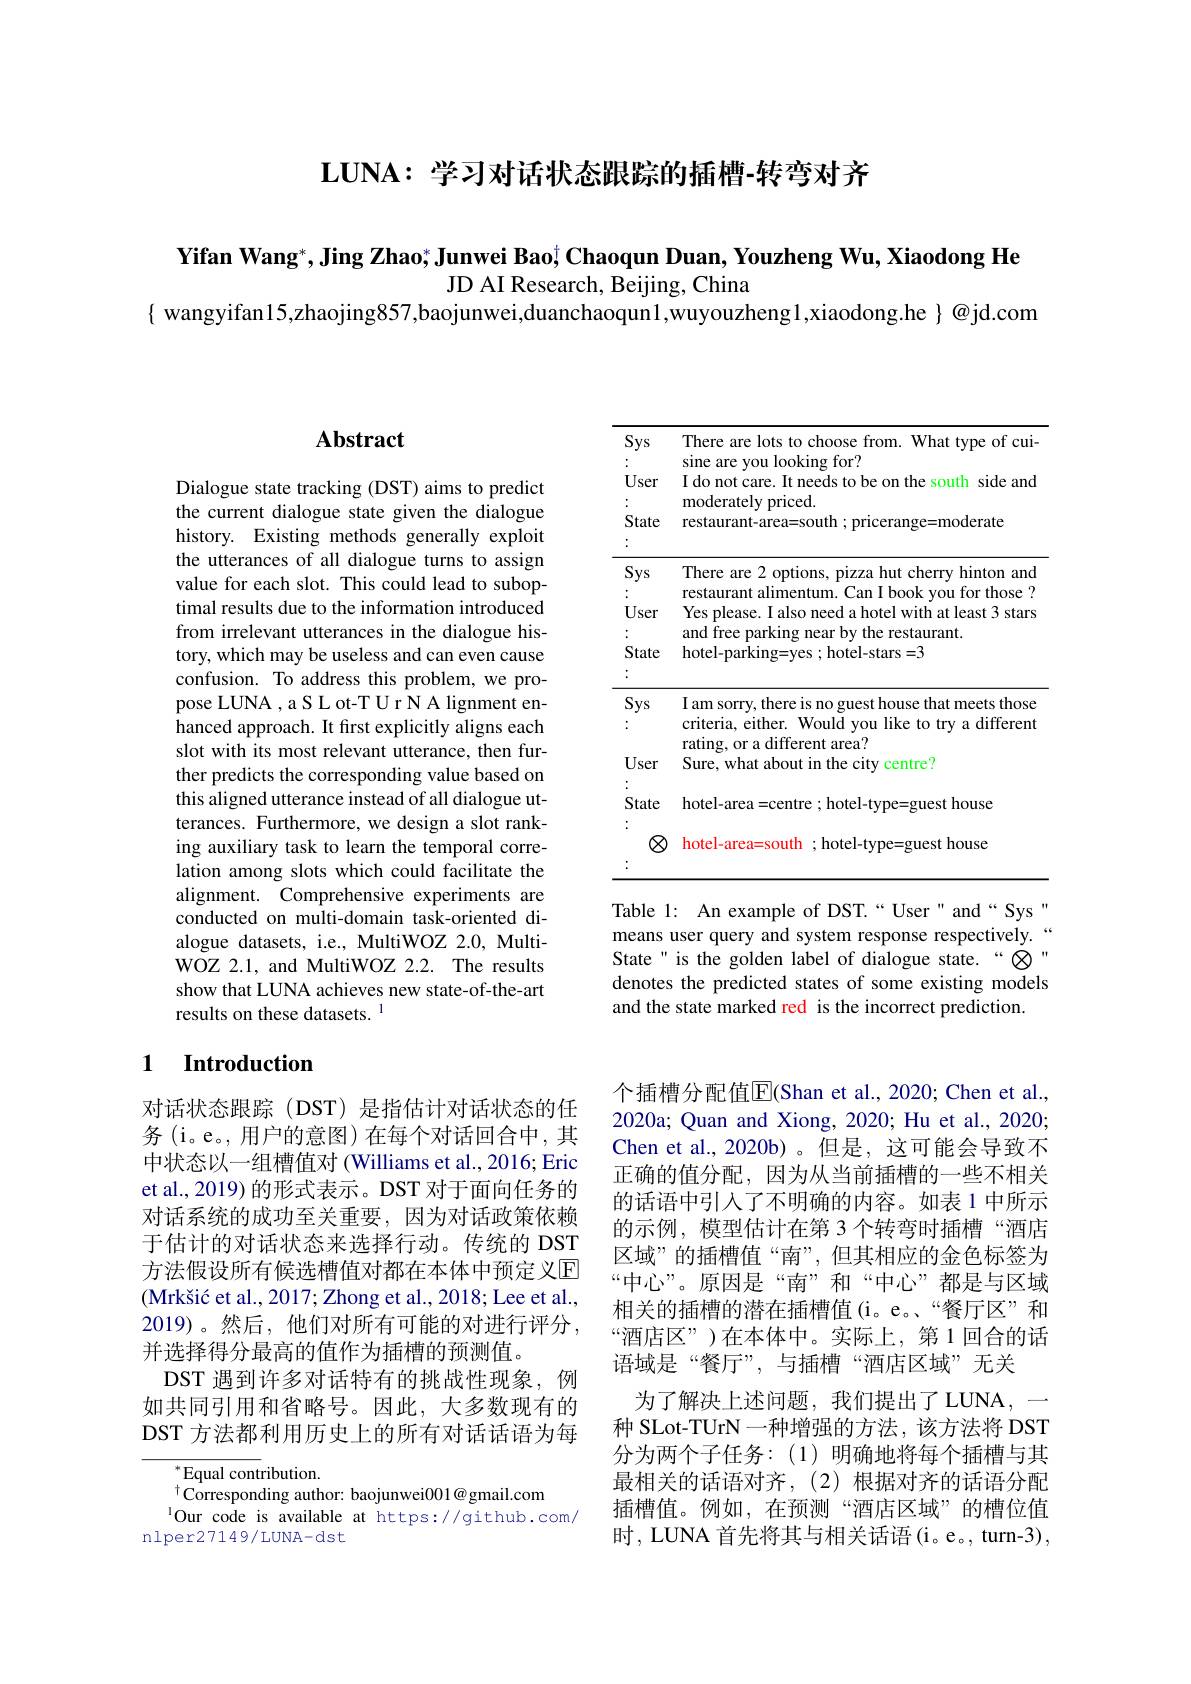
$\mathbf{LUNA:~}$学习对话状态跟踪的插槽-转弯对齐

Yifan Wang$^* , \textbf{Jing Zhao; Junwei Bao}^\dagger \textbf{Chaoqun Duan, Youzheng Wu, Xiaodong He}$
JD AI Research, Beijing, China
$\{$ wangyifan15,zhaojing857,baojunwei,duanchaoqun1,wuyouzheng1,xiaodong.he $\}$@jd.com

## $\mathbf{Abstract}$

Dialogue state tracking (DST) aims to predict the current dialogue state given the dialogue history. Existing methods generally exploit the utterances of all dialogue turns to assign value for each slot. This could lead to suboptimal results due to the information introduced from irrelevant utterances in the dialogue history, which may be useless and can even cause confusion. To address this problem, we propose LUNA , a S L ot-T U r N A lignment enhanced approach. It first explicitly aligns each slot with its most relevant utterance, then further predicts the corresponding value based on this aligned utterance instead of all dialogue utterances. Furthermore, we design a slot ranking auxiliary task to learn the temporal correlation among slots which could facilitate the alignment. Comprehensive experiments are conducted on multi-domain task-oriented dialogue datasets, i.e., MultiWOZ 2.0, MultiWOZ 2.1, and MultiWOZ 2.2. The results show that LUNA achieves new state-of-the-art results on these datasets. 1

### 1 Introduction

对话状态跟踪(DST)是指估计对话状态的任务(i。e。,用户的意图)在每个对话回合中，其中状态以一组槽值对 (Williams et al., 2016; Eric et al., 2019) 的形式表示。DST 对于面向任务的对话系统的成功至关重要，因为对话政策依赖于估计的对话状态来选择行动。传统的 DST 方法假设所有候选槽值对都在本体中预定义回(Mrk$\v {s}$i$\' {c}$etal. , 2017; Zhongetal. , 2018; Leeetal. , 2019)。然后，他们对所有可能的对进行评分， 并选择得分最高的值作为插槽的预测值。
DST 遇到许多对话特有的挑战性现象，例如共同引用和省略号。因此，大多数现有的DST 方法都利用历史上的所有对话话语为每

$^{*}$Equal contribution.
$^{\dagger}$Corresponding author: baojunwei001@gmail.com
$^{1}$Our code is available at https://github.com/
nlper27149/LUNA-dst

<table>
	<tbody>
		<tr>
			<th>Sys User State</th>
			<th>There are lots to choose from. What type of cui sine are you looking for? I do not care. It needs to be on the south side and ${\mathrm{moderately~priced.}}$ restaurant-area=south; pricerange=moderate</th>
		</tr>
		<tr>
			<td>Sys User State</td>
			<td>There are 2 options, pizza hut cherry hinton and restaurant alimentum. Can I book you for those ? Yes please. I also need a hotel with at least 3 stars and free parking near by the restaurant. hotel- parking= yes ; hotel- stars= 3</td>
		</tr>
		<tr>
			<td>User</td>
			<td>110. 100 uun rating, or a different area? Sure, what about in the city $v$ centre?</td>
		</tr>
		<tr>
			<td>State</td>
			<td>hotel-area=centre; hotel-type=guest house</td>
		</tr>
		<tr>
			<td>$\textcircled{8}$</td>
			<td>hotel-area=south; hotel-type=guest house</td>
		</tr>
	</tbody>
</table>

Table 1: An example of DST.“User" and“Sys" means user query and system response respectively.“ State" is the golden label of dialogue state.“⊗" denotes the predicted states of some existing models and the state marked red is the incorrect prediction.

个插槽分配值$\overline{\mathrm{E}}$(Shan et al., 2020; Chen et al., 2020a; Quan and Xiong, 2020; Hu et al., 2020; Chen et al.,2020b)。但是，这可能会导致不正确的值分配，因为从当前插槽的一些不相关的话语中引入了不明确的内容。如表 1 中所示的示例，模型估计在第 3 个转弯时插槽“酒店区域”的插槽值“南”,但其相应的金色标签为“中心”。原因是“南”和“中心”都是与区域相关的插槽的潜在插槽值(i。e。“餐厅区”和“酒店区”)在本体中。实际上，第1回合的话语域是“餐厅”,与插槽“酒店区域”无关
为了解决上述问题，我们提出了LUNA，一种 SLot-TUrN 一种增强的方法，该方法将 DST 分为两个子任务：(1)明确地将每个插槽与其最相关的话语对齐，(2)根据对齐的话语分配插槽值。例如，在预测“酒店区域”的槽位值时，LUNA 首先将其与相关话语(i。e。, turn-3),